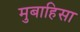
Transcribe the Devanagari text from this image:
मुबाहिसा